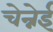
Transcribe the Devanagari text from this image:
चेन्नेई